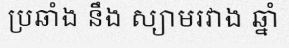
ប្រឆាំង នឹង ស្យាមរវាង ឆ្នាំ